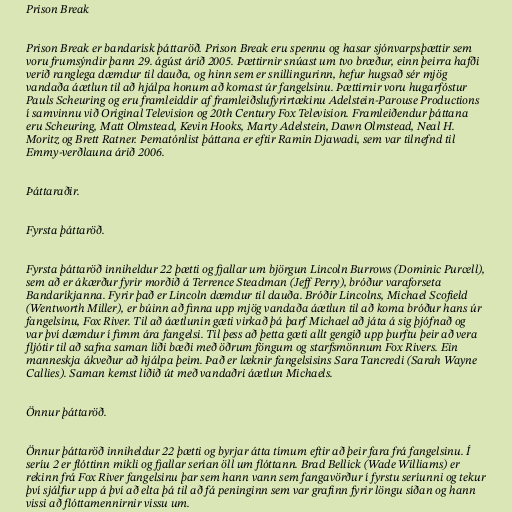
Prison Break

Prison Break er bandarísk þáttaröð. Prison Break eru spennu og hasar sjónvarpsþættir sem
voru frumsýndir þann 29. ágúst árið 2005. Þættirnir snúast um tvo bræður, einn þeirra hafði
verið ranglega dæmdur til dauða, og hinn sem er snillingurinn, hefur hugsað sér mjög
vandaða áætlun til að hjálpa honum að komast úr fangelsinu. Þættirnir voru hugarfóstur
Pauls Scheuring og eru framleiddir af framleiðslufyrirtækinu Adelstein-Parouse Productions
í samvinnu við Original Television og 20th Century Fox Television. Framleiðendur þáttana
eru Scheuring, Matt Olmstead, Kevin Hooks, Marty Adelstein, Dawn Olmstead, Neal H.
Moritz og Brett Ratner. Þematónlist þáttana er eftir Ramin Djawadi, sem var tilnefnd til
Emmy-verðlauna árið 2006.

Þáttaraðir.

Fyrsta þáttaröð.

Fyrsta þáttaröð inniheldur 22 þætti og fjallar um björgun Lincoln Burrows (Dominic Purcell),
sem að er ákærður fyrir morðið á Terrence Steadman (Jeff Perry), bróður varaforseta
Bandaríkjanna. Fyrir það er Lincoln dæmdur til dauða. Bróðir Lincolns, Michael Scofield
(Wentworth Miller), er búinn að finna upp mjög vandaða áætlun til að koma bróður hans úr
fangelsinu, Fox River. Til að áætlunin gæti virkað þá þarf Michael að játa á sig þjófnað og
var því dæmdur í fimm ára fangelsi. Til þess að þetta gæti allt gengið upp þurftu þeir að vera
fljótir til að safna saman liði bæði með öðrum föngum og starfsmönnum Fox Rivers. Ein
manneskja ákveður að hjálpa þeim. Það er læknir fangelsisins Sara Tancredi (Sarah Wayne
Callies). Saman kemst liðið út með vandaðri áætlun Michaels.

Önnur þáttaröð.

Önnur þáttaröð inniheldur 22 þætti og byrjar átta tímum eftir að þeir fara frá fangelsinu. Í
seríu 2 er flóttinn mikli og fjallar serían öll um flóttann. Brad Bellick (Wade Williams) er
rekinn frá Fox River fangelsinu þar sem hann vann sem fangavörður í fyrstu seríunni og tekur
því sjálfur upp á því að elta þá til að fá peninginn sem var grafinn fyrir löngu síðan og hann
vissi að flóttamennirnir vissu um.